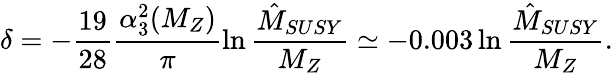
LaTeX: \delta=-\frac{19}{28}\frac{\alpha_{3}^{2}(M_{Z})}{\pi}\ln\frac{\hat{M}_{SUSY}}{M_{Z}}\simeq-0.003\ln\frac{\hat{M}_{SUSY}}{M_{Z}}.